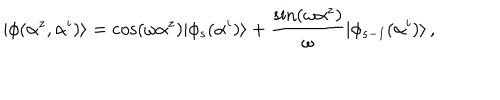
| \phi ( \alpha ^ { z } , \alpha ^ { i } ) \rangle = \cos ( \omega \alpha ^ { z } ) | \phi _ { s } ( \alpha ^ { i } ) \rangle + \frac { \sin ( \omega \alpha ^ { z } ) } { \omega } | \phi _ { s - 1 } ( \alpha ^ { i } ) \rangle \, ,